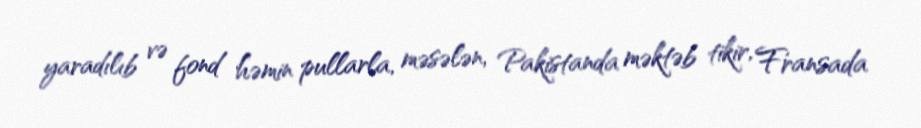
yaradılıb və fond həmin pullarla, məsələn, Pakistanda məktəb tikir, Fransada